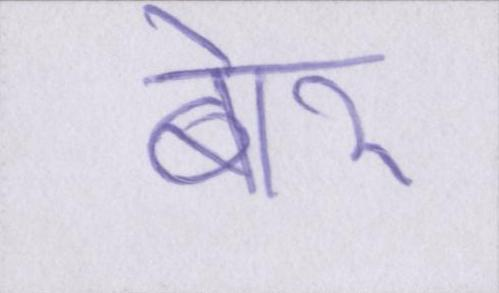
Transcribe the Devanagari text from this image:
बोर